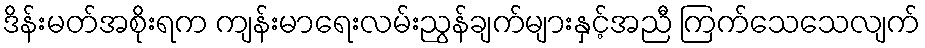
ဒိန်းမတ်အစိုးရက ကျန်းမာရေးလမ်းညွန်ချက်များနှင့်အညီ ကြက်သေသေလျက်